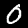
Label: 0